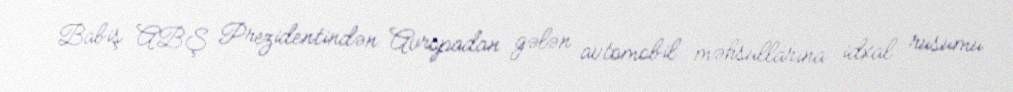
Babiş ABŞ Prezidentindən Avropadan gələn avtomobil məhsullarına idxal rüsumu